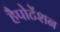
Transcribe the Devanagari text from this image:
हैपोटेंशन